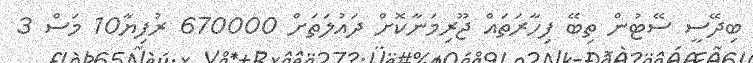
ބިދޭސީ ސޭޓުން ތިބޭ ފިހާރަތައް ޖޫރިމަނާކޮށް ދައުލަތަށް 670000 ރުފިޔާ10 މަސް 3